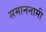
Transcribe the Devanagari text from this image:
समाननामी